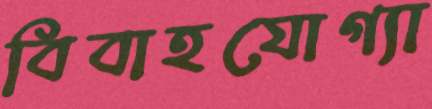
বিবাহযোগ্যা